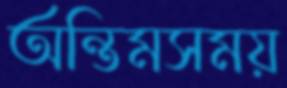
অন্তিমসময়